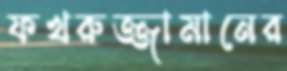
ফখরুজ্জামানের